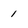
Character: 1